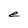
Character: e